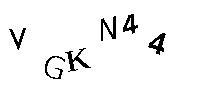
VGKN44